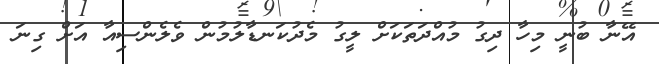
އޭނާ ބުނީ މިހާ ދިގު މުއްދަތަކަށް ލީގު މެދުކަނޑާލުމުން ވެލެންސިއާ އަށް ގިނަ